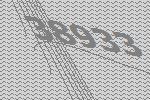
38933